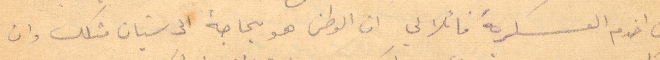
ان اخدم العشكرية قائلًا ان الوطن هو بحاجة الى شبان مثلك وان